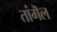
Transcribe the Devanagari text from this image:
तांगॆल